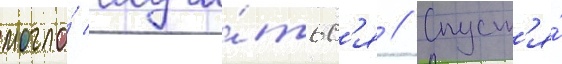
могло́ случи́тьс'я // Спуст'я́